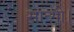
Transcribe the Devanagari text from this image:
मान्गी।